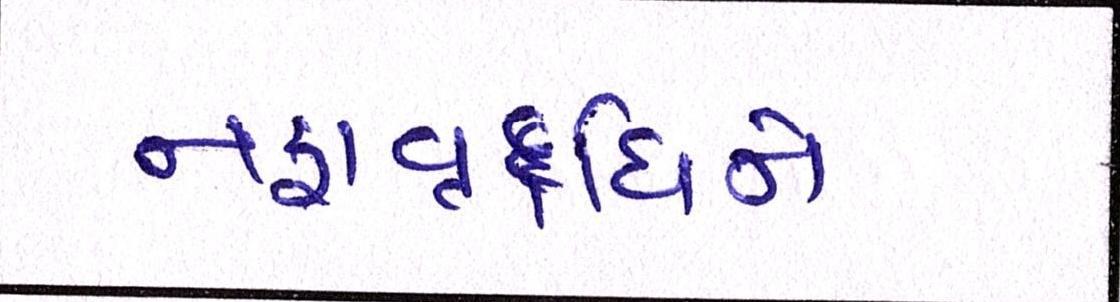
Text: નફાવૃદ્ધિને